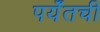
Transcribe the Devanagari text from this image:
पर्यँतची